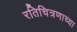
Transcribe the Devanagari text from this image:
रतिचित्रणाच्या